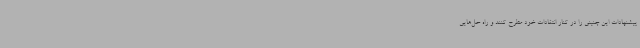
پیشنهادات این چنینی را در کنار انتقادات خود مطرح کنند و راه حل‌هایی